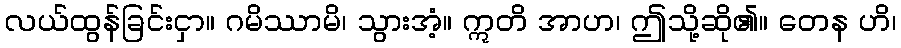
လယ်ထွန်ခြင်းငှာ။ ဂမိဿာမိ၊ သွားအံ့။ ဣတိ အာဟ၊ ဤသို့ဆို၏။ တေန ဟိ၊